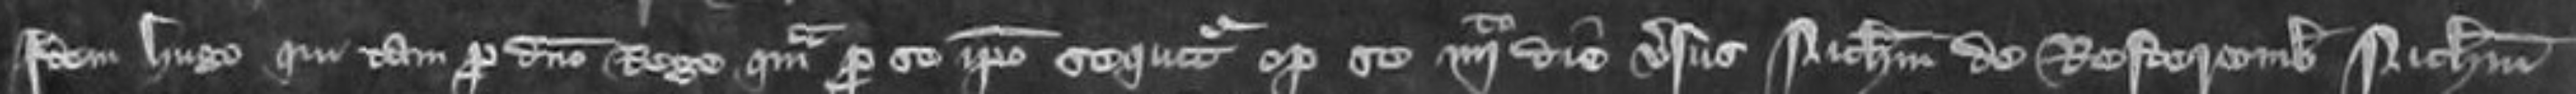
Idem Hugo qui tam pro domino Rege quam pro se ipso sequitur optulit se quarto die versus Nicholaum de Restercomb Nicholaum